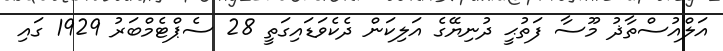
އަލްއުސްތާޛު މޫސާ ފަތުޙީ ދުނިޔޭގެ އަލިކަން ދެކެވަޑައިގަތީ 28 ސެޕްޓެމްބަރު 1929 ގައި